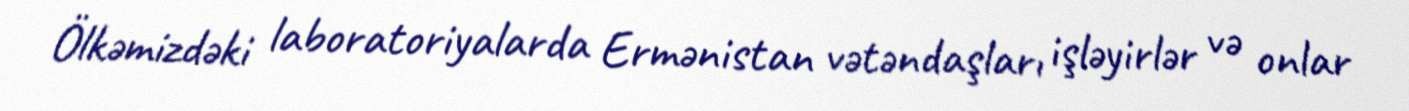
Ölkəmizdəki laboratoriyalarda Ermənistan vətəndaşları işləyirlər və onlar